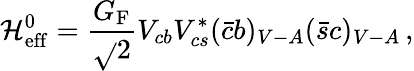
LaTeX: {\cal\mathcal{H}}_{\mathrm{{eff}}}^{0}=\frac{{G_{\mathrm{{F}}}}}{{\sqrt{}{2}}}V_{cb}V_{cs}^{*}(\bar{{c}}b)_{V-A}(\bar{{s}}c)_{V-A}\, ,